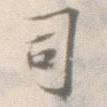
司